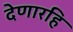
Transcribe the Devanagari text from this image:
देणारहि